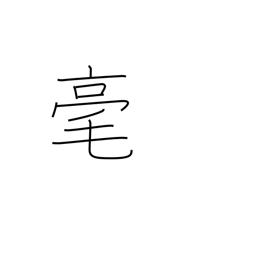
Meaning: not at all